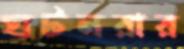
ঘটনরার